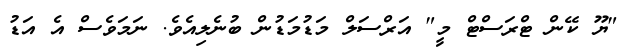
"ޔޫ ކޭން ޓްރަސްޓް މީ" އަރްސަލް މަޑުމަޑުން ބުނެލިއެވެ. ނަމަވެސް އެ އަޑު